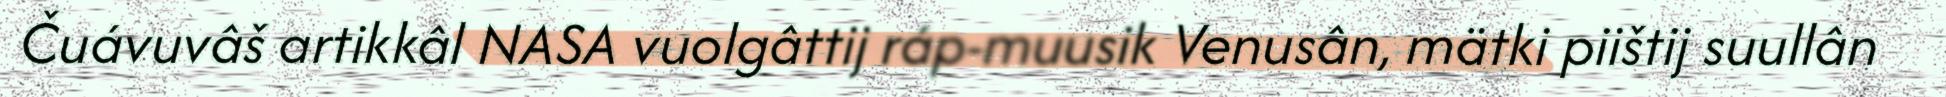
Čuávuvâš artikkâl NASA vuolgâttij ráp-muusik Venusân, mätki piištij suullân